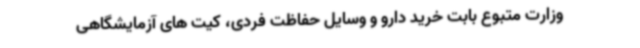
وزارت متبوع بابت خرید دارو و وسایل حفاظت فردی، کیت های آزمایشگاهی